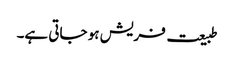
طبیعت فریش ہو جاتی ہے۔